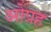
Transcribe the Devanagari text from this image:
ओप्रह